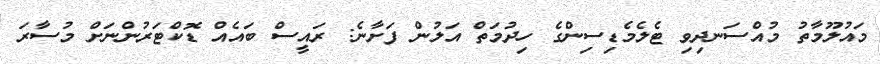
މައުލޫމާތު މުއްސަނދިވި ޓެލެމެޑިސިންގެ ހިދުމަތް އަލުން ފަށާނެ: ރައީސް ބައެއް ޑޮކްޓަރުންނަށް މުސާރަ